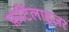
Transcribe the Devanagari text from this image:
फ़र्टिलाइज़र